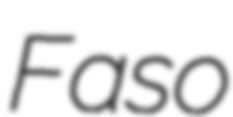
Faso